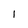
Character: I